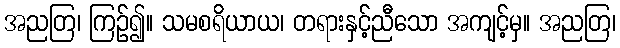
အညတြ၊ ကြဉ်၍။ သမစရိယာယ၊ တရားနှင့်ညီသော အကျင့်မှ။ အညတြ၊